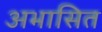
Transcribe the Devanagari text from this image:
अभासित